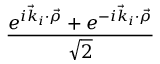
\frac { e ^ { i \vec { k } _ { i } \cdot \vec { \rho } } + e ^ { - i \vec { k } _ { i } \cdot \vec { \rho } } } { \sqrt { 2 } }